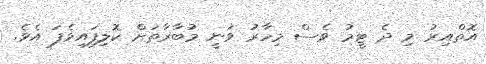
އޮތްއިރު މި ދެ ޓީމު ވެސް މިހާރު ވަނީ މުބާރާތަށް ކޮލިފައިވެފަ އެވެ.